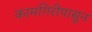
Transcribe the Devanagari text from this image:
कामगिरीपासून